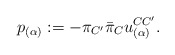
\begin{align*}p_{(\alpha)} := -\pi_{C^{\prime}}{\bar\pi}_{C}u^{C{C^\prime}}_{(\alpha)}.\end{align*}